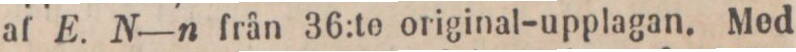
af E. N—n från 36:te original-upplagan. Med